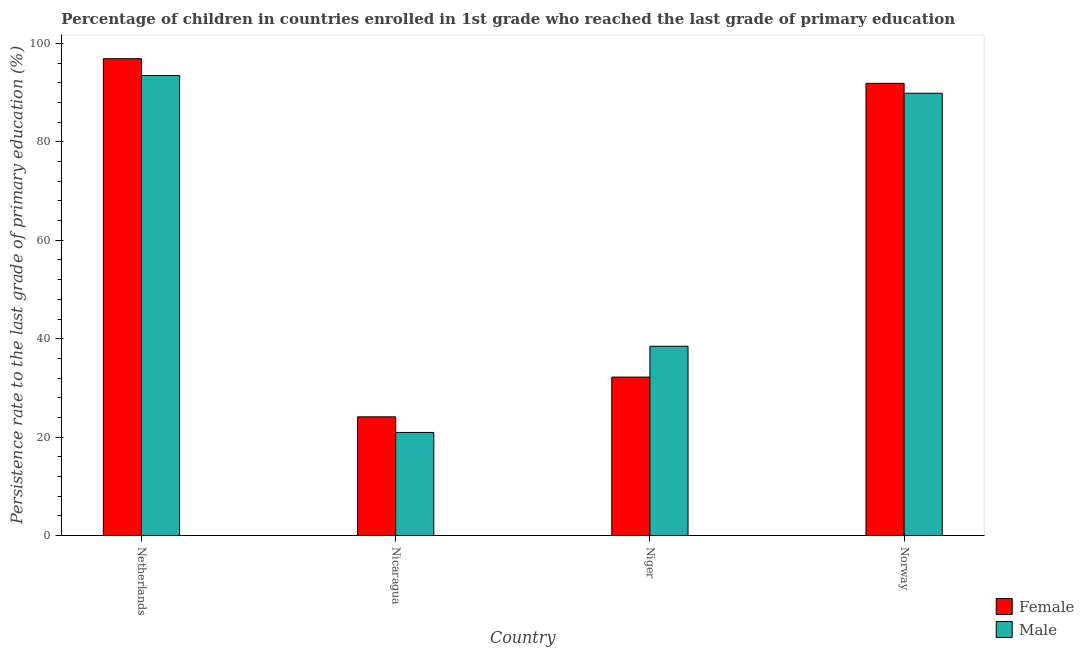
| Country | Female | Male |
 | --- | --- | --- |
 | Netherlands | 96.9 | 93.5 |
 | Nicaragua | 24.1 | 21 |
 | Niger | 32.2 | 38.5 |
 | Norway | 91.9 | 89.9 |